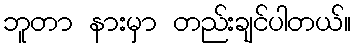
ဘူတာ နားမှာ တည်းချင်ပါတယ်။